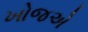
ખોજએ